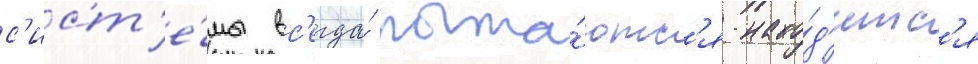
с'ист'е́мы вс'егда́ пыта́ютс'я нахо́д'итс'я